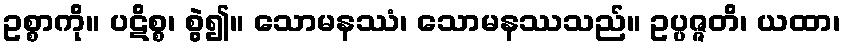
ဥစ္စာကို။ ပဋိစ္စ၊ စွဲ၍။ သောမနဿံ၊ သောမနဿသည်။ ဥပ္ပဇ္ဇတိ၊ ယထာ၊